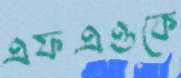
এফএওকে